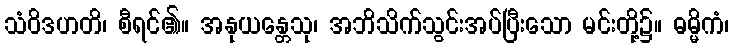
သံဝိဒဟတိ၊ စီရင်၏။ အနုယန္တေသု၊ အဘိသိက်သွင်းအပ်ပြီးသော မင်းတို့၌။ ဓမ္မိကံ၊